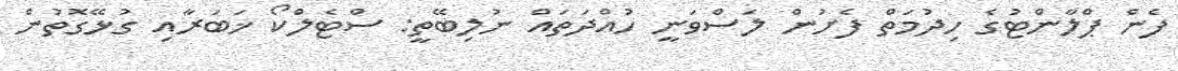
ފެން ޕްލާންޓުގެ ހިދުމަތް ފެށުން ލަސްވަނީ ހުއްދަތައް ނުލިބޭތީ: ސްޓެލްކޯ ޚަބަރާއި ގުޅޭގޮތުން